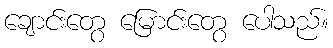
ချောင်းတွေ မြောင်းတွေ ပေါသည်။